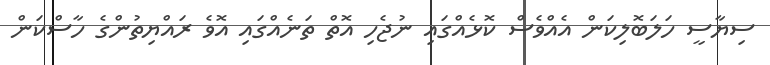
ސިޔާސީ ހަލަބޮލިކަން އެއްވެސް ކޮޅެއްގައި ނުޖެހި އޮތް ތަނެއްގައި އޮވެ ރައްޔިތުންގެ ހާސްކަން